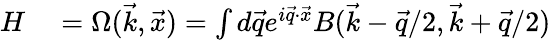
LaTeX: \begin{array}{rl}{H}&{{}=\Omega(\vec{k},\vec{x})=\int d\vec{q}e^{i\vec{q}\cdot\vec{x}}B(\vec{k}-\vec{q}/2,\vec{k}+\vec{q}/2)}\end{array}